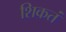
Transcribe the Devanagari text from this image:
शिकतं